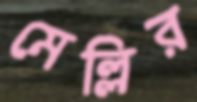
মেল্লির